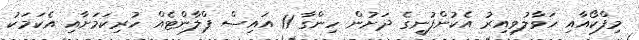
މިފްކޯއާއި ހަވާލުވިއިރު އެކުންފުނީގެ ދަށުން ހިންގާ 11 އައިސް ޕްލާންޓެއް ހުރިކަމަށާއި އެކަމަކު